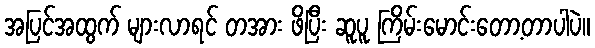
အပြင်အထွက် များလာရင် တအား ဖိပြီး ဆူပူ ကြိမ်းမောင်းတော့တာပါပဲ။